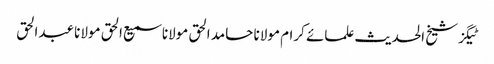
ٹیگزشیخ الحدیث علمائے کرام مولانا حامد الحق مولانا سمیع الحق مولانا عبدالحق